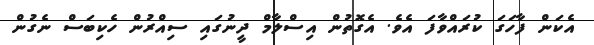
އެކަން ފާހަގަ ކުރައްވާފަ އެވެ. އެގޮތުން އިސްލާމް ދީނުގައި ސިއްރުން ހެކިބަސް ނެގުން